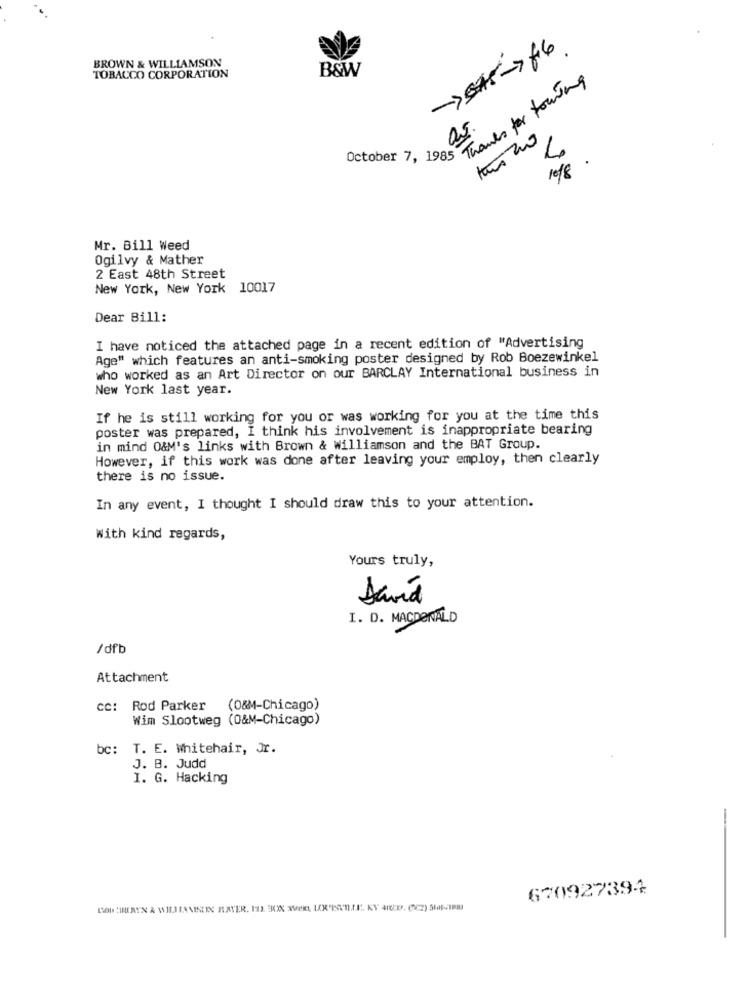
-> **- 66
BROWN & WILLIAMSON
B&W
TOBACCO CORPORATION
Thanks for touring
a.s.
2
October 7, 1985
refg
Mr. Bill Weed
Ogilvy & Mather
2 East 48th Street
New York, New York 10017
Dear Bill:
I have noticed the attached page in a recent edition of "Advertising
Age" which features an anti-smoking poster designed by Rob Boezewinkel
who worked as an Art Director on our BARCLAY International business in
New York last year.
If he is still working for you or was working for you at the time this
poster was prepared, I think his involvement is inappropriate bearing
in mind O&M's links with Brown & Williamson and the BAT Group.
However, if this work was done after leaving your employ, then clearly
there is no issue.
In any event, I thought I should draw this to your attention.
With kind regards,
Yours truly,
David
I. D. MACDONALD
/dfb
Attachment
CC: Rod Parker
(0&M-Chicago)
Wim Slootweg (0&M-Chicago)
bc: T. E. Whitehair, Jr.
J. B. Judd
I. G. Hacking
-
670927394